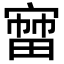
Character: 𡪒